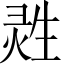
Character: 𱫟